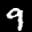
Label: 9